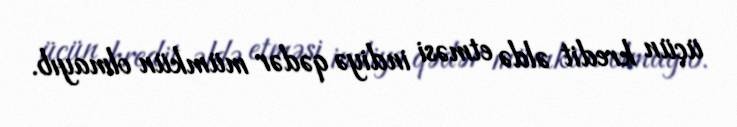
üçün kredit əldə etməsi indiyə qədər mümkün olmayıb.